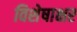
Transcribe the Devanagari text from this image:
विशेषाक्षर